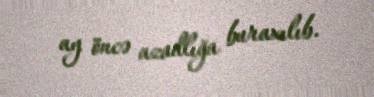
ay öncə azadlığa buraxılıb.